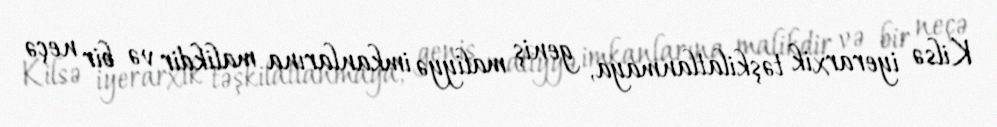
Kilsə iyerarxik təşkilatlanmaya, geniş maliyyə imkanlarına malikdir və bir neçə